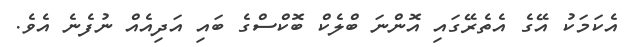
އެކަމަކު އޭގެ އެތެރޭގައި އޮންނަ ބްލެކް ބޮކްސްގެ ބައި އަދިއެއް ނުފެނެ އެވެ.